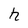
Character: h